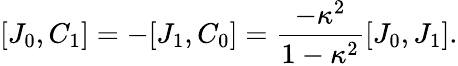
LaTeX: [J_{0},C_{1}]=-[J_{1},C_{0}]={\frac{-\kappa^{2}}{1-\kappa^{2}}}[J_{0},J_{1}].